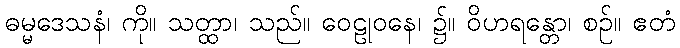
ဓမ္မဒေသနံ၊ ကို။ သတ္ထာ၊ သည်။ ဝေဠုဝနေ၊ ၌။ ဝိဟရန္တော၊ စဉ်။ ဧတံ